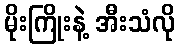
မိုးကြိုးနဲ့ အီးသံလို